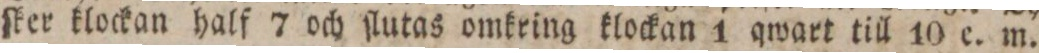
ſker klockan half 7 och ſlutas omkring klockan 1 qwart till 10 e. m.